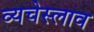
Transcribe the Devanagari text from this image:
व्यचेस्लाव